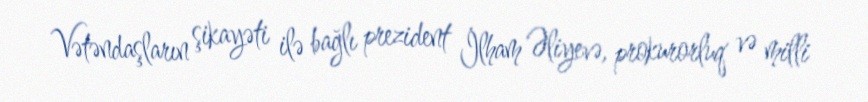
Vətəndaşların şikayəti ilə bağlı prezident İlham Əliyevə, prokurorluq və milli